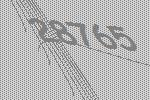
28765